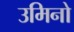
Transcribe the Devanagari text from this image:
उमिनो